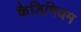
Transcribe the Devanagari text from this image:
कैडिमियम